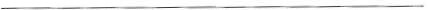
___